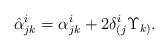
LaTeX: \begin{align*}\hat{\alpha}^i_{jk}=\alpha^i_{jk} + 2\delta^i_{(j}\Upsilon_{k)}.\end{align*}